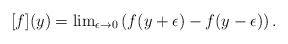
\begin{align*}[f](y) = {\rm lim}_{\epsilon \rightarrow 0} \left( f(y+\epsilon) - f(y-\epsilon)\right).\end{align*}